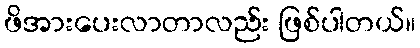
ဖိအားပေးလာတာလည်း ဖြစ်ပါတယ်။